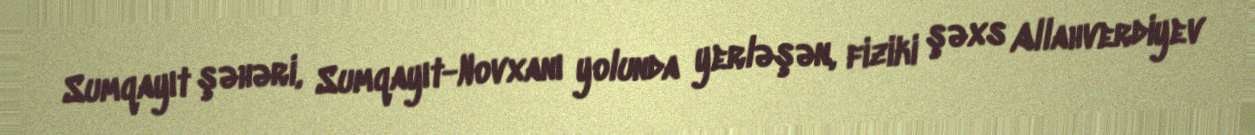
Sumqayıt şəhəri, Sumqayıt-Novxanı yolunda yerləşən, fiziki şəxs Allahverdiyev